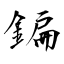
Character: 鍽